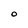
Character: o